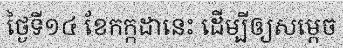
ថ្ងៃទី១៤ ខែកក្កដានេះ ដើម្បីឲ្យសម្តេច